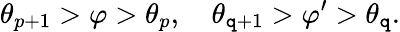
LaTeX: \theta_{p+1}>\varphi>\theta_{p},\quad\theta_{\mathtt{q}+1}>\varphi^{\prime}>\theta_{\mathtt{q}}.